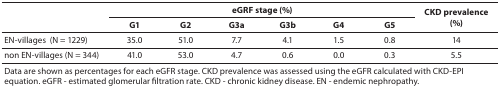
| <ROWSPAN=2>  | <COLSPAN=6> eGRF stage (%) | <ROWSPAN=2> CKD prevalence (%) |
 | --- | --- | --- | --- | --- | --- | --- | --- |
 | G1 | G2 | G3a | G3b | G4 | G5 |
 | EN-villages (N = 1229) | 35.0 | 51.0 | 7.7 | 4.1 | 1.5 | 0.8 | 14 |
 | non EN-villages (N = 344) | 41.0 | 53.0 | 4.7 | 0.6 | 0.0 | 0.3 | 5.5 |
 | <COLSPAN=8> Data are shown as percentages for each eGFR stage. CKD prevalence was assessed using the eGFR calculated with CKD-EPI equation. eGFR - estimated glomerular filtration rate. CKD - chronic kidney disease. EN - endemic nephropathy. |